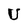
Character: U